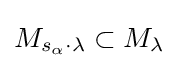
M_{s_{\alpha }\cdot \lambda }\subset M_{\lambda }